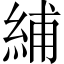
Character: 䋠